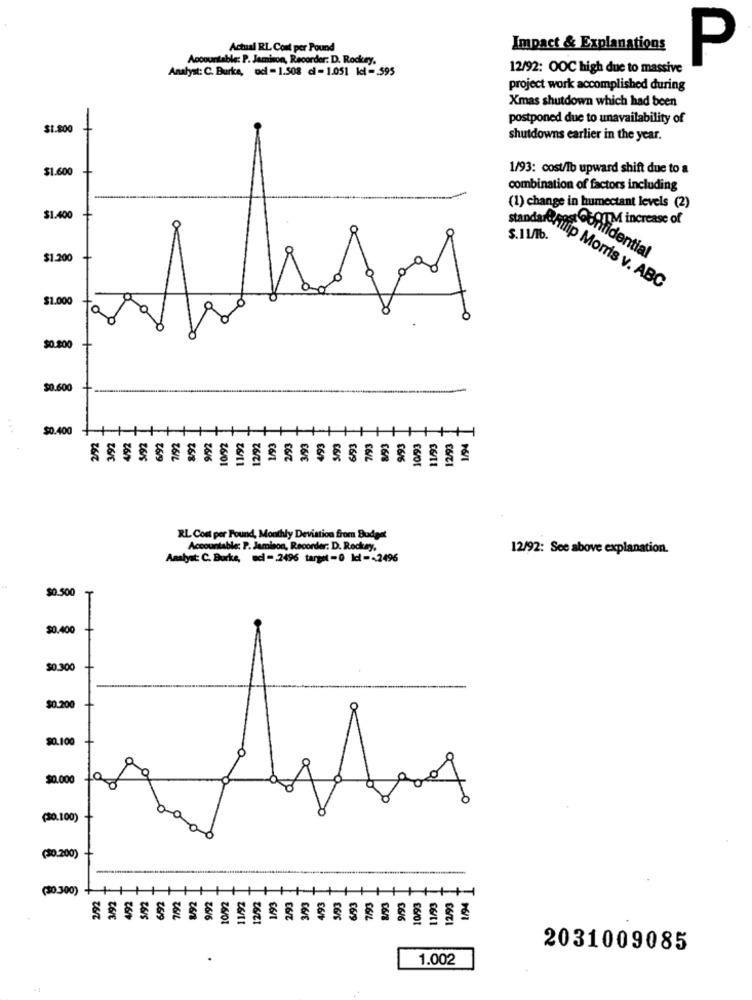
Actual RL Cost per Pound
Impact & Explanations
Accountable: P. Jamison, Recorder: D. Rockey.
P
Analyst: C. Burke, od - 1.508 cl - 1.051 kcl - 595
12/92: OOC high due to massive
project work accomplished during
Xmas shutdown which had been
postponed due to unavailability of
$1.800
shutdowns earlier in the year.
$1.600
1/93: cost/lb upward shift due to a
combination of factors including
(1) change in humectant levels (2)
$1.400
TIM increase of
-
$.11/1b.
$1.200
Confidential
standardhilip Morris v. ABC
$1.000
$0.200
$0.600
$0.400
7/92
12/9
26/C
26/5
26/9
26/8
286
16/01
€6/1
16/9
56/6
RL Cost per Pound, Monthly Deviation from Budget
Accountable: P. Jamison, Recorder: D. Rockey,
12/92: See above explanation.
Analyst: C. Burke, sci - 2496 target-0 Icl -- 2496
$0.500
$0.400
$0.300
$0.200
$0.100
$0.000
(30.100)
(30.200)
(30 300)
2/92
3/92
12/92
2616
2601
26/11
2031009085
1.002
-